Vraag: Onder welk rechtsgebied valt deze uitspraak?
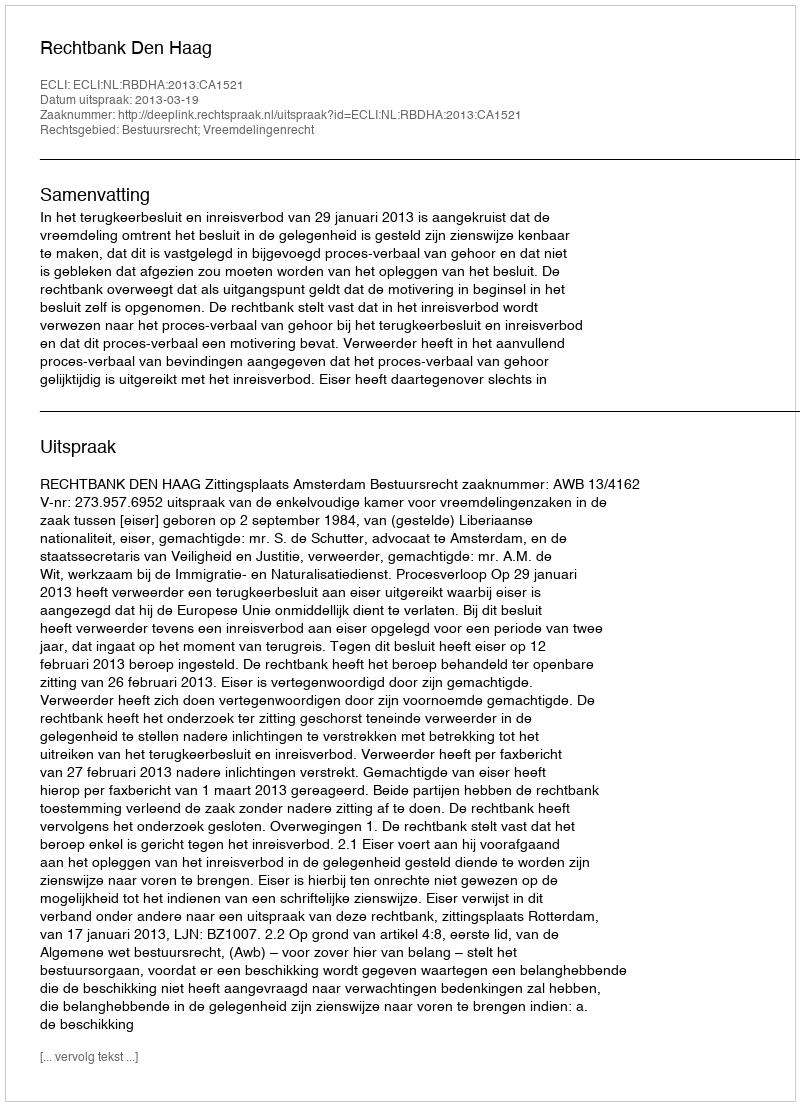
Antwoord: Bestuursrecht; Vreemdelingenrecht